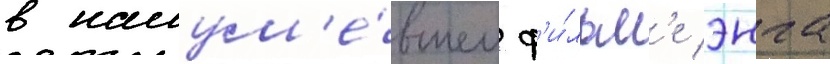
в нашум'е́вшем ф'и́льм'е энга